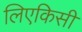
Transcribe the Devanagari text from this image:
लिएकिसी